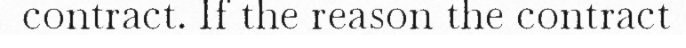
contract. If the reason the contract